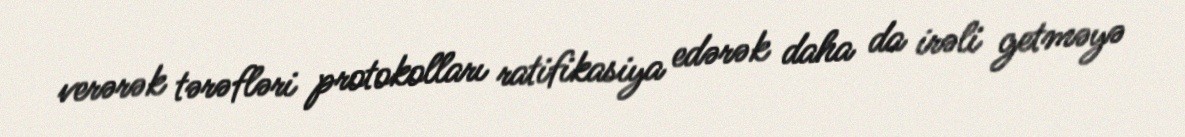
verərək tərəfləri protokolları ratifikasiya edərək daha da irəli getməyə